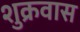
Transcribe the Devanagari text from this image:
शुक्रवास